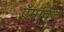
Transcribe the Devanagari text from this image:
ऍमविन